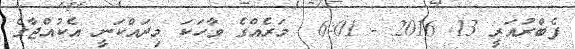
ފެބްރުއަރީ 13